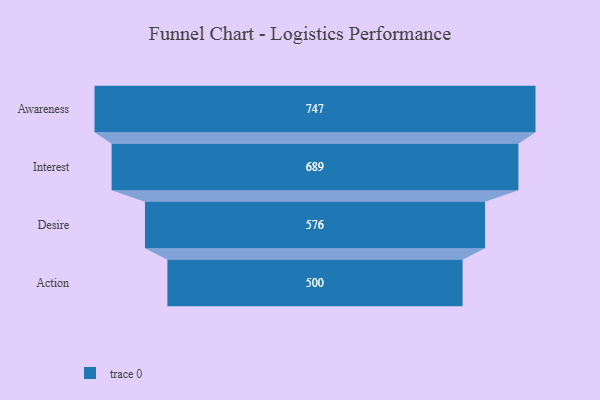
{"axis": {"x": "Stage", "y": "Value"}, "legend": [""], "data": [{"x": "Awareness", "y": 747.0, "type": ""}, {"x": "Interest", "y": 689.0, "type": ""}, {"x": "Desire", "y": 576.0, "type": ""}, {"x": "Action", "y": 500, "type": ""}]}